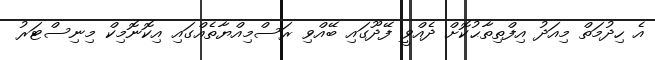
އެ ހިދުމަތް މިއަދު އިފްތިތާޙުކޮށް ދެއްވީ ފޭދޫގައި ބޭއްވި ރަސްމިއްޔާތެއްގައި އިކޮނޮމިކް މިނިސްޓަރު